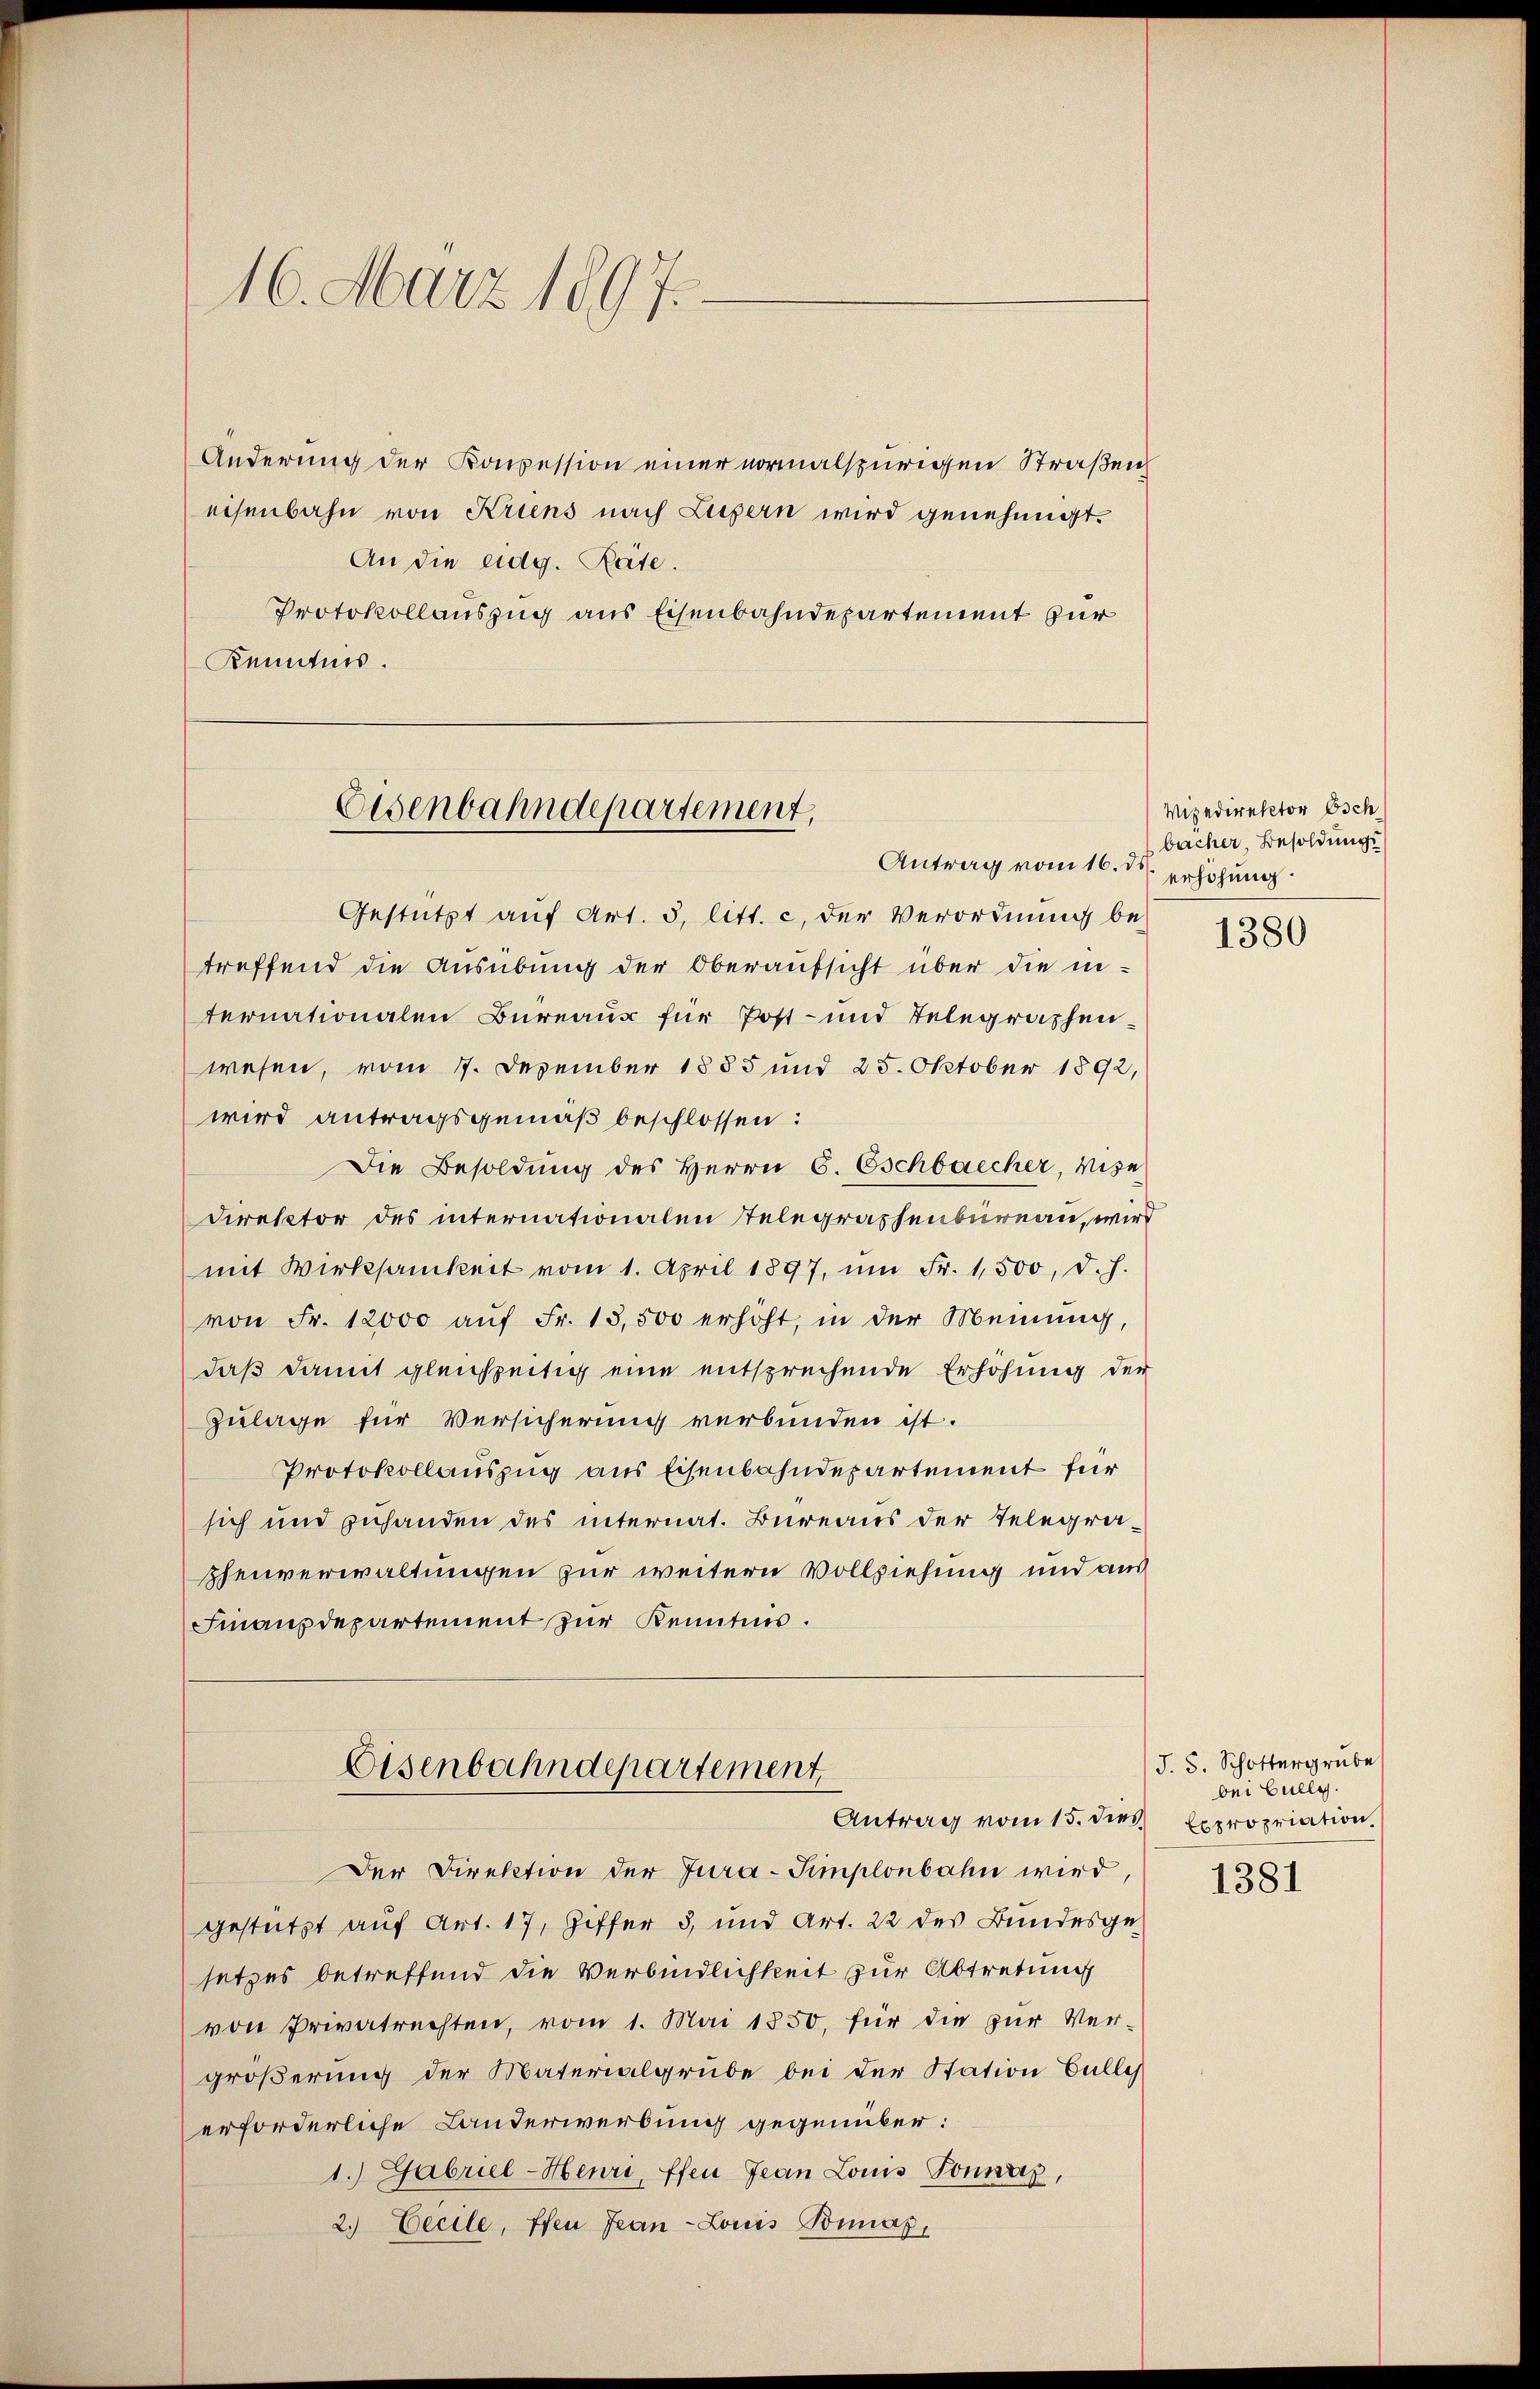
16. März 1897.

Änderung der Konpession einer vormalspurigen Straßen
eisenbahn von Kriens nach Luzern wird genehmigt.
An die eidg. Räte.
Protokollauszug aus Eisenbahndepartement für
Kenntnis.

Eisenbahndepartement,

Antrag vom 16. d.
Gestützt auf Art. 5, litt. c, der Verordnung be-
treffend die Ausübung der Oberaufsicht über die in-
ternationalen Bureaus für Post- und Telegraphenwesen, vom 7. Dezember 1855 und 25. Oktober 1892,
wird antragsgemäß beschlossen:
Die Besoldung des Herrn C. Eschbaecher, Vize
Direktor des internationalen Telegraphenbureau, wird
mit Wirksamkeit vom 1. April 1897, ŭm Fr. 1,500, d. J.
von Fr. 12000 aŭf Fr. 13,500 erhöht, in der Meinung,
daß damit gleichzeitig eine entsprechende Erhöhung der
Zulage für Versicherung verbunden ist.
Protokollauszug aus Eisenbahndepartement für
sich und zuhanden des internat. Bureaus der Telegra-
shenverwaltungen zur weitern Vollziehung und aus
Finanzdepartement zur Kenntnis.
Eisenbahndepartement
Antrag vom 15. dies Expropriation,
Der Direktion der Jura-Simplonbahn wird,
gestützt auf Art. 17, Ziffer 3, und Art. 22 des Bundesgesetzes betreffend die Verbindlichkeit zur Abtretung
von Privatrechten, vom 1. Mai 1850. für die zur Ver-
größerung der Materialgrube bei der Station bulle
erforderliche Landerwerbung gegenüber:
1.) Gabriel-Heuri, ffen Jean Louis Sonnaz,
2. Cecile, pfen Jean -Louis Bonas,

Vizedirektor Osch
bacher, Besoldungs
erhöhung.

1380

J. S. Schottergrube
bei Gullg.

1381